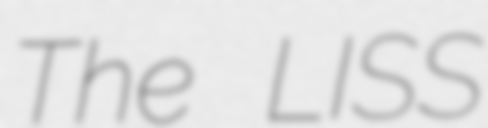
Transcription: The LISS